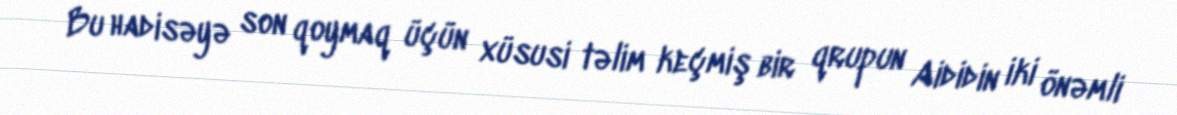
Bu hadisəyə son qoymaq üçün xüsusi təlim keçmiş bir qrupun Aididin iki önəmli